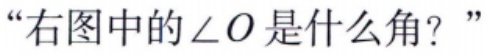
“右图中的\(\angle O\)是什么角？”